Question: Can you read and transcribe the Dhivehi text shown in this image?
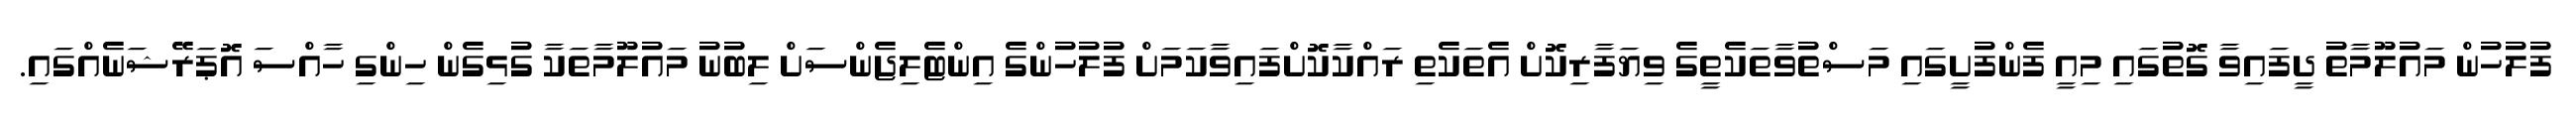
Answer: ފުލުހުން މައުލޫމާތު ދީފައިވާ ގޮތުގައި މިއީ ފެންފުށީގައި މަސްތުވާތަކެތީގެ ވިޔަފާރިކޮށް އެތަކެތި ރައްކާކޮށްފައިވާކަމަށް ފުލުހުންގެ އިންޓެލިޖެންސަށް ލިބުނު މައުލޫމާތަކާ ގުޅިގެން ހިންގި ހާއްސަ އޮޕަރޭޝަނެއްގައި.